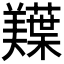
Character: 𫅠